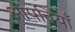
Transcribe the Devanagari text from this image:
आपत्तियॉँ